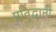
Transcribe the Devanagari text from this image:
प्रतिद्वानी